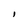
Character: l